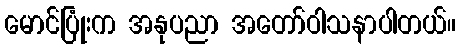
မောင်ပြုံးက အနုပညာ အတော်ဝါသနာပါတယ်။